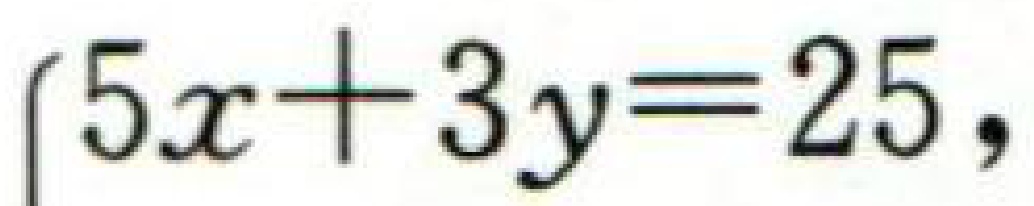
\(\begin{cases}5x + 3y = 25,\end{cases}\)